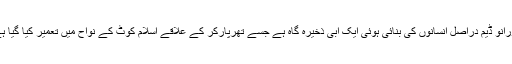
گورانو ڈیم دراصل انسانوں کی بنائی ہوئی ایک آبی ذخیرہ گاہ ہے جسے تھرپارکر کے علاقے اسلام کوٹ کے نواح میں تعمیر کیا گیا ہے۔